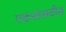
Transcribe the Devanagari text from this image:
एकसंसदीय